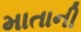
માતાની